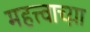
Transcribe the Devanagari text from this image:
महत्त्वाच्य़ा